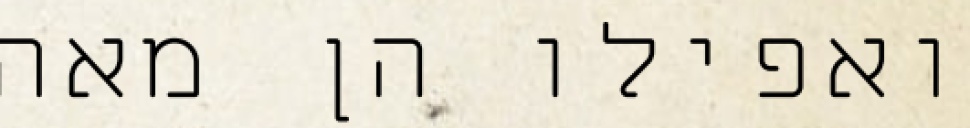
ואפילו הן מאה